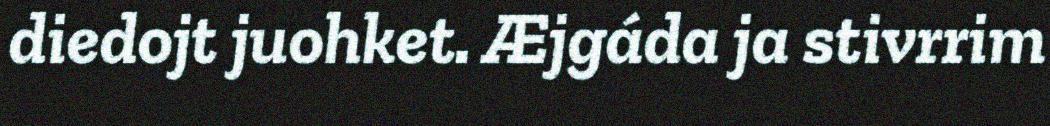
diedojt juohket. Æjgáda ja stivrrim